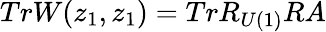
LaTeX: TrW(z_{1},z_{1})=TrR_{U(1)}RA